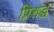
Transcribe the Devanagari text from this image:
प्रिशद्ध